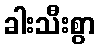
ခါးသီးစွာ